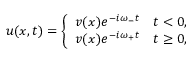
\begin{array} { r } { u ( x , t ) = \left\{ \begin{array} { l l } { v ( x ) e ^ { - i \omega _ { - } t } } & { t < 0 , } \\ { v ( x ) e ^ { - i \omega _ { + } t } } & { t \geq 0 , } \end{array} \right. } \end{array}